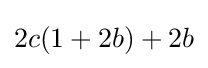
2c(1+2b)+2b